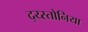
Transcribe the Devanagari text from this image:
द्य्स्तोनिया